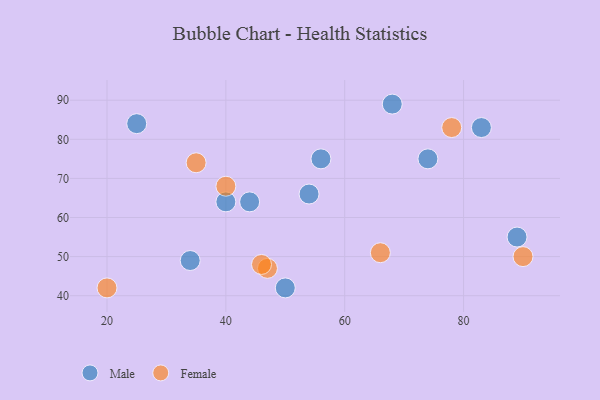
{"axis": {"x": "GDP", "y": "Life Expectancy"}, "legend": ["Female", "Male"], "data": [{"x": "25", "y": 84, "type": "Male"}, {"x": "89", "y": 55, "type": "Male"}, {"x": "44", "y": 64, "type": "Male"}, {"x": "56", "y": 75, "type": "Male"}, {"x": "54", "y": 66, "type": "Male"}, {"x": "40", "y": 64, "type": "Male"}, {"x": "50", "y": 42, "type": "Male"}, {"x": "83", "y": 83, "type": "Male"}, {"x": "74", "y": 75, "type": "Male"}, {"x": "34", "y": 49, "type": "Male"}, {"x": "68", "y": 89, "type": "Male"}, {"x": "78", "y": 83, "type": "Female"}, {"x": "35", "y": 74, "type": "Female"}, {"x": "20", "y": 42, "type": "Female"}, {"x": "66", "y": 51, "type": "Female"}, {"x": "40", "y": 68, "type": "Female"}, {"x": "47", "y": 47, "type": "Female"}, {"x": "46", "y": 48, "type": "Female"}, {"x": "90", "y": 50, "type": "Female"}]}